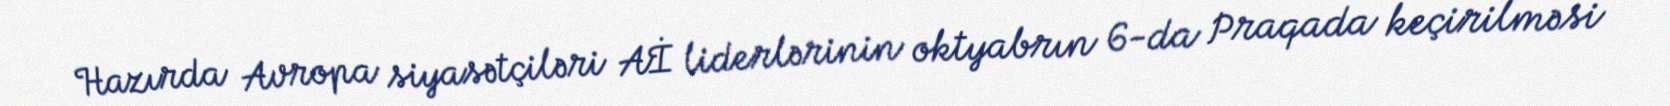
Hazırda Avropa siyasətçiləri Aİ liderlərinin oktyabrın 6-da Praqada keçirilməsi